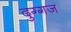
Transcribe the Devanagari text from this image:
दुग्गज